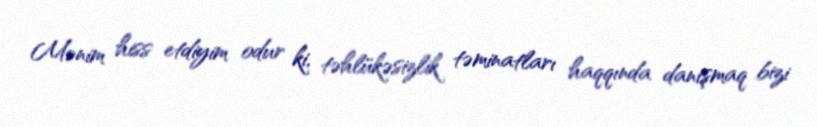
Mənim hiss etdiyim odur ki, təhlükəsizlik təminatları haqqında danışmaq bizi